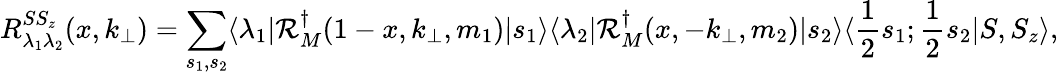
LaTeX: R_{\lambda_{1}\lambda_{2}}^{SS_{z}}(x,k_{\bot})=\sum_{s_{1},s_{2}}\langle\lambda_{1}|{\cal R}_{M}^{\dagger}(1-x,k_{\bot},m_{1})|s_{1}\rangle\langle\lambda_{2}|{\cal R}_{M}^{\dagger}(x,-k_{\bot},m_{2})|s_{2}\rangle\langle{\frac{1}{2}}s_{1};{\frac{1}{2}}s_{2}|S,S_{z}\rangle,